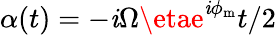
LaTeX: \alpha(t)=-\mathit{i}\Omega\etae^{\mathit{i}\phi_{\mathrm{{m}}}}t/2